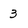
Character: 3